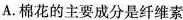
A.棉花的主要成分是纤维素